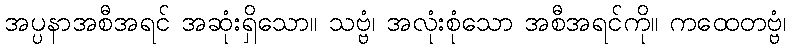
အပ္ပနာအစီအရင် အဆုံးရှိသော။ သဗ္ဗံ၊ အလုံးစုံသော အစီအရင်ကို။ ကထေတဗ္ဗံ၊